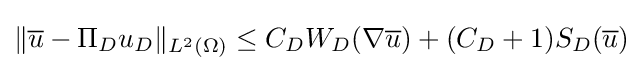
\Vert {\overline {u}}-\Pi _{D}u_{D}\Vert _{L^{2}(\Omega )}\leq C_{D}W_{D}(\nabla {\overline {u}})+(C_{D}+1)S_{D}({\overline {u}})